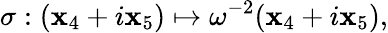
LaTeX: \sigma:(\mathbf{x}_{4}+i\mathbf{x}_{5})\mapsto\omega^{-2}(\mathbf{x}_{4}+i\mathbf{x}_{5}),